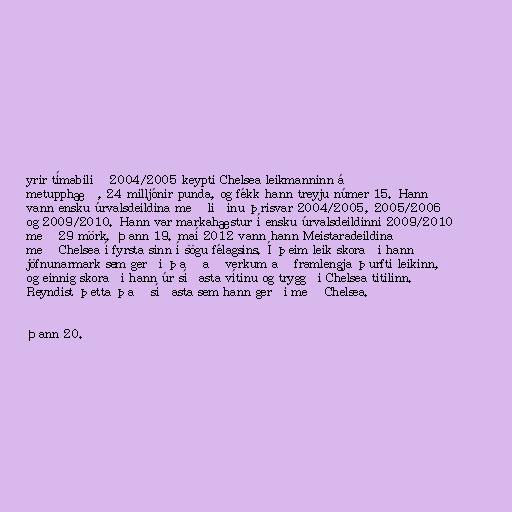
yrir tímabilið 2004/2005 keypti Chelsea leikmanninn á
metupphæð, 24 milljónir punda, og fékk hann treyju númer 15. Hann
vann ensku úrvalsdeildina með liðinu þrisvar 2004/2005, 2005/2006
og 2009/2010. Hann var markahæstur í ensku úrvalsdeildinni 2009/2010
með 29 mörk. Þann 19. maí 2012 vann hann Meistaradeildina
með Chelsea í fyrsta sinn í sögu félagsins. Í þeim leik skoraði hann
jöfnunarmark sem gerði það að verkum að framlengja þurfti leikinn,
og einnig skoraði hann úr síðasta vítinu og tryggði Chelsea titilinn.
Reyndist þetta það síðasta sem hann gerði með Chelsea.

Þann 20.